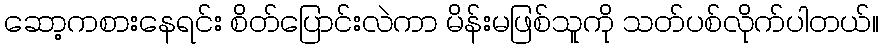
ဆော့ကစားနေရင်း စိတ်ပြောင်းလဲကာ မိန်းမဖြစ်သူကို သတ်ပစ်လိုက်ပါတယ်။